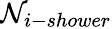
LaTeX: \mathcal{N}_{i-shower}